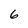
Character: 6